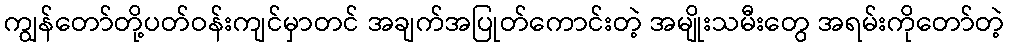
ကျွန်တော်တို့ပတ်ဝန်းကျင်မှာတင် အချက်အပြုတ်ကောင်းတဲ့ အမျိုးသမီးတွေ အရမ်းကိုတော်တဲ့